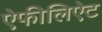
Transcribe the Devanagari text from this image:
ऐफीलिऐट